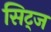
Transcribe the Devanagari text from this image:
सिट्ज